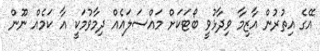
އޭގެ އިތުރުން އާޒިމާ ވިދާޅުވީ ބޯޓަކަށް މައްސަލައެއް ދިމާވުމަކީ އާ ކަމެއް ނޫން